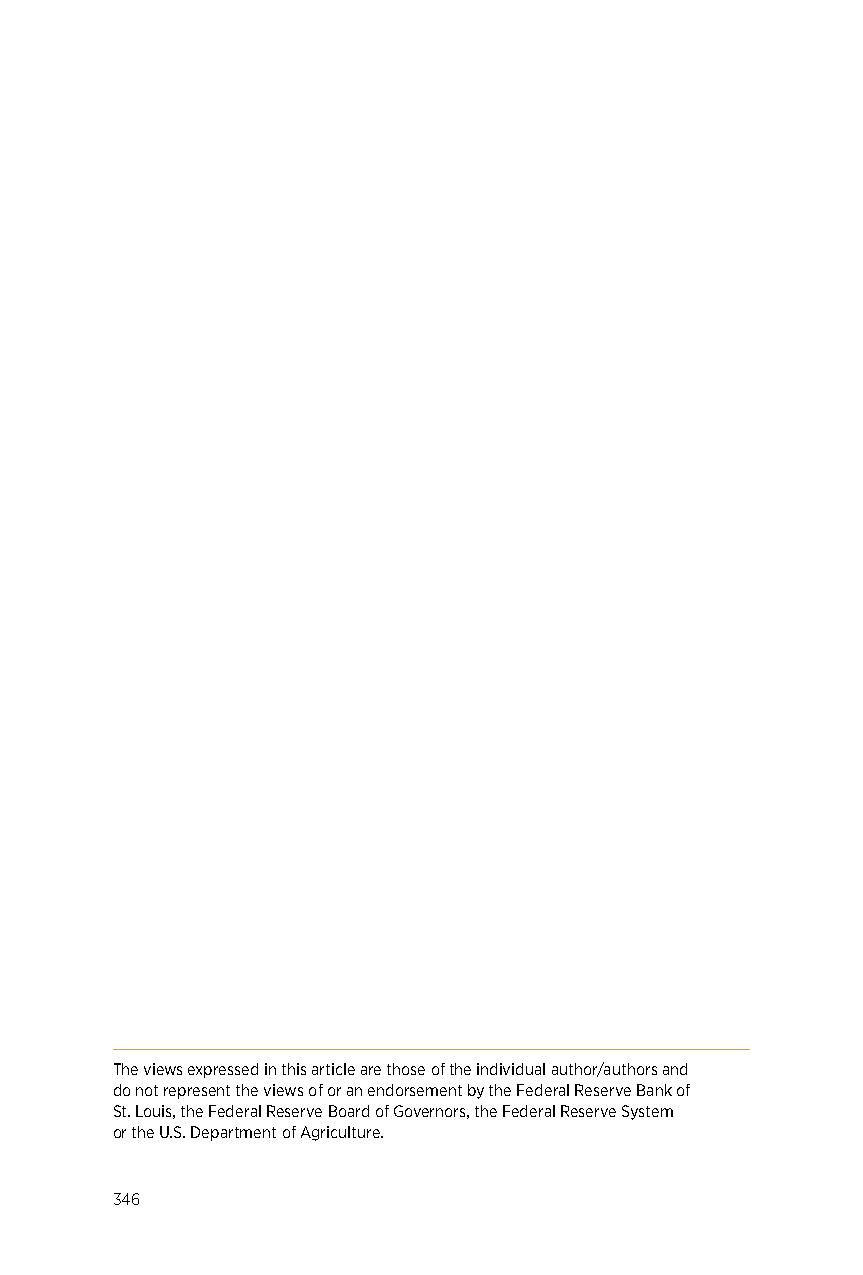
The views expressed in this article are those of the individual author/authors and
 do not represent the views of or an endorsement by the Federal Reserve Bank of
 St. Louis, the Federal Reserve Board of Governors, the Federal Reserve System
 or the U.S. Department of Agriculture.
 346